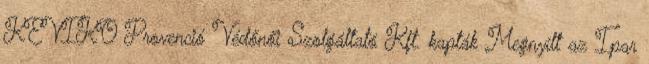
KEVIKO Provenció Védőnői Szolgáltató Kft. kapták Megnyílt az Ipar